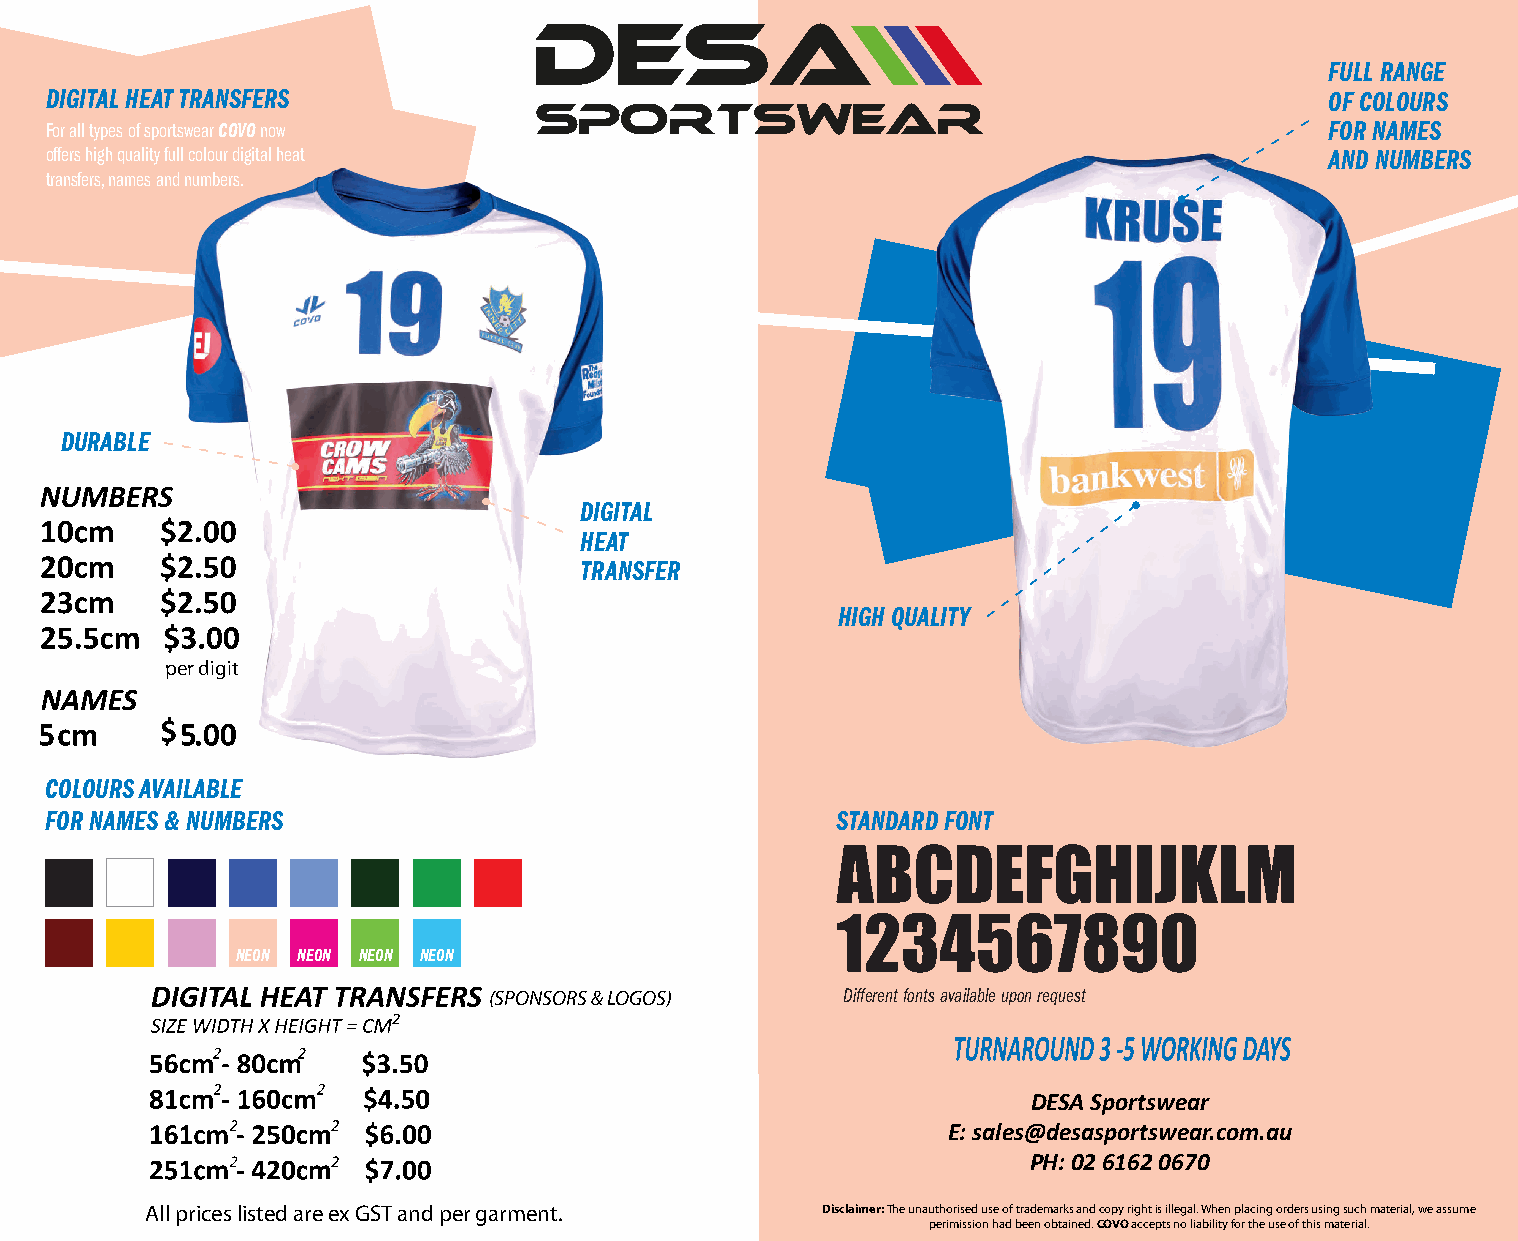
FULL RANGE
 DIGITAL HEAT TRANSFERS                                                               OF COLOURS
 For all types of sportswear COVO now                                                 FOR NAMES
 offers high quality full colour digital heat                                         AND NUMBERS
 transfers, names and numbers.
 DURABLE
 DIGITAL
 HEAT
 TRANSFER
 HIGH QUALITY
 per digit
 COLOURS AVAILABLE
 FOR NAMES & NUMBERS                                 STANDARD FONT
 ABCDEFGHIJKLM
 1234567890
 NEON NEON NEON NEON
 (SPONSORS & LOGOS)      Different fonts available upon request
 Disclaimer: The unauthorised use of trademarks and copy right is illegal . When placing orders using such material,
 we assume permission has been obtained. COVO accepts no liability for the use of this material.
 DESA Sportswear
 E: sales@desasportswear.com.au
 PH: 02 6162 0670
 All prices listed are ex GST and per garment. Disclaimer: The unauthorised use of trademarks and copy right is illegal. When placing orders using such material, we assume
 perimission had been obtained. COVO accepts no liability for the use of this material.